Scientific memoirs by medical officers of the Army of India - Part II,
Year: 1886
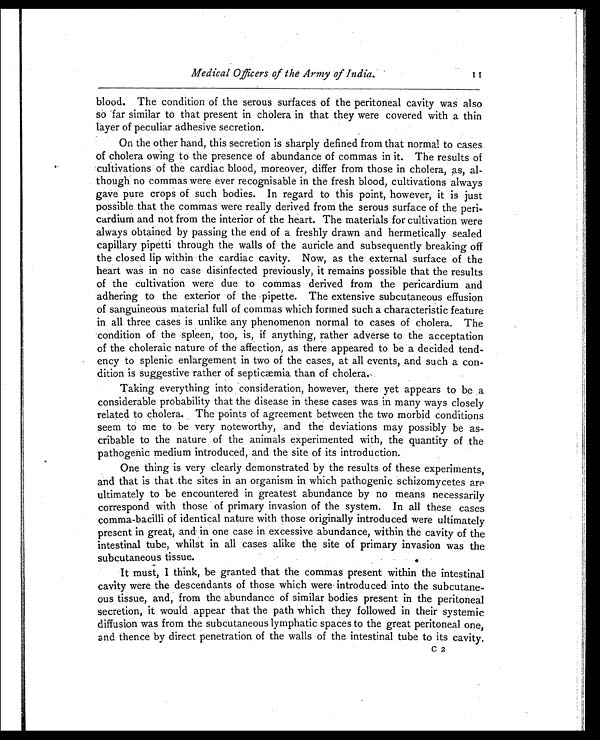
Medical Officers of the Army of India. 11
blood. The condition of the serous surfaces of the peritoneal cavity was also
so far similar to that present in cholera in that they were covered with a thin
layer of peculiar adhesive secretion.
On the other hand, this secretion is sharply defined from that normal to cases
of cholera owing to the presence of abundance of commas in it. The results of
cultivations of the cardiac blood, moreover, differ from those in cholera, as, al-
though no commas were ever recognisable in the fresh blood, cultivations always
gave pure crops of such bodies. In regard to this point, however, it is just
possible that the commas were really derived from the serous surface of the peri-
cardium and not from the interior of the heart. The materials for cultivation were
always obtained by passing the end of a freshly drawn and hermetically sealed
capillary pipetti through the walls of the auricle and subsequently breaking off
the closed lip within the cardiac cavity. Now, as the external surface of the
heart was in no case disinfected previously, it remains possible that the results
of the cultivation were due to commas derived from the pericardium and
adhering to the exterior of the pipette. The extensive subcutaneous effusion
of sanguineous material full of commas which formed such a characteristic feature
in all three cases is unlike any phenomenon normal to cases of cholera. The
condition of the spleen, too, is, if anything, rather adverse to the acceptation
of the choleraic nature of the affection, as there appeared to be a decided tend-
ency to splenic enlargement in two of the cases, at all events, and such a con-
dition is suggestive rather of septicæmia than of cholera.
Taking everything into, consideration, however, there yet appears to be a
considerable probability that the disease in these cases was in many ways closely
related to cholera. The points of agreement between the two morbid conditions
seem to me to be very noteworthy, and the deviations may possibly be as-
cribable to the nature of the animals experimented with, the quantity of the
pathogenic medium introduced, and the site of its introduction.
One thing is very clearly demonstrated by the results of these experiments,
and that is that the sites in an organism in which pathogenic schizomycetes are
ultimately to be encountered in greatest abundance by no means necessarily
correspond with those of primary invasion of the system. In all these cases
comma-bacilli of identical nature with those originally introduced were ultimately
present in great, and in one case in excessive abundance, within the cavity of the
intestinal tube, whilst in all cases alike the site of primary invasion was the
subcutaneous tissue.
It must, I think, be granted that the commas present within the intestinal
cavity were the descendants of those which were introduced into the subcutane-
ous tissue, and, from the abundance of similar bodies present in the peritoneal
secretion, it would appear that the path which they followed in their systemic
diffusion was from the subcutaneous lymphatic spaces to the great peritoneal one,
and thence by direct penetration of the walls of the intestinal tube to its cavity.